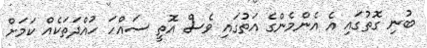
ބުނި ގޮތުގައި އެ އެންމެންގެ އަތުގައި ވެސް އޮތީ ސައްހަ ހުއްދަތަކެއް ކަމަށް